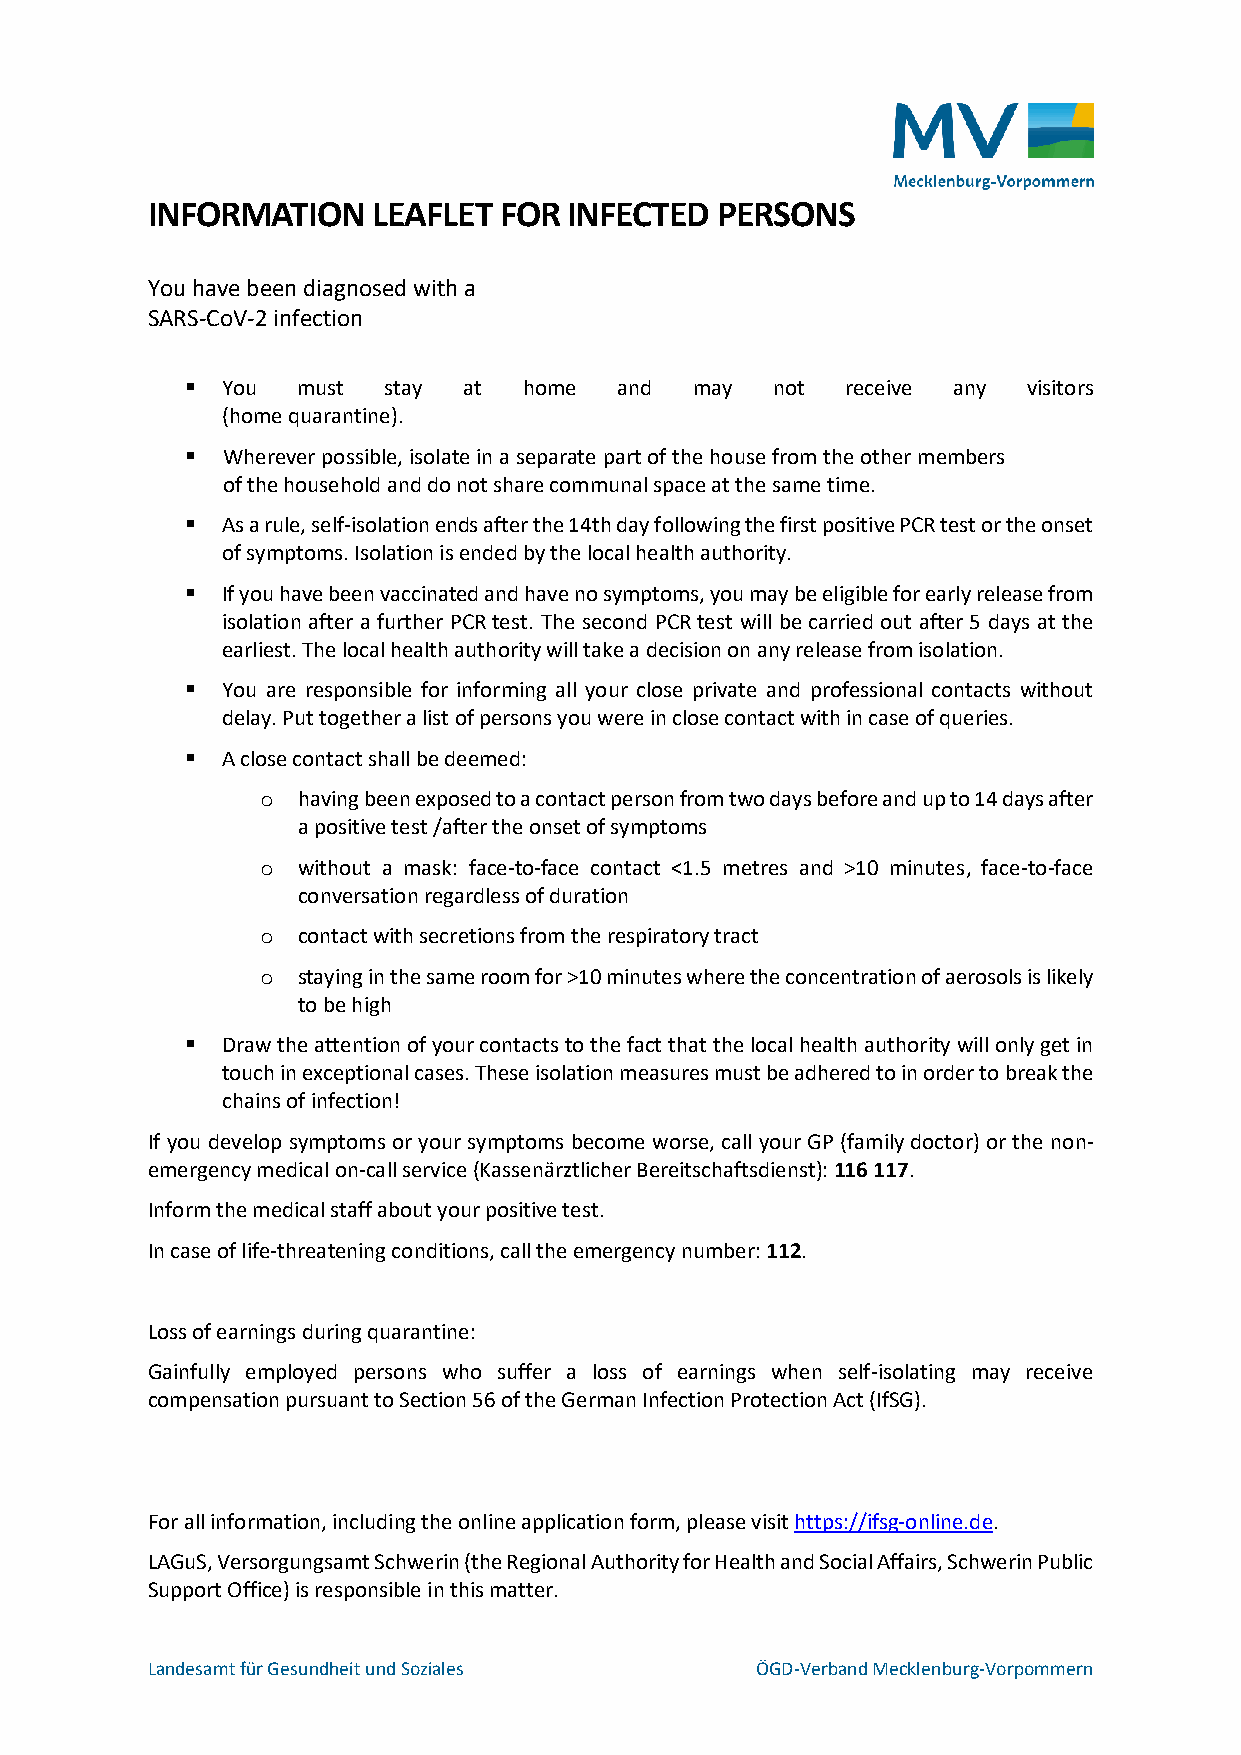
INFORMATION    LEAFLET FOR  INFECTED PERSONS
 You have been diagnosed with a
 SARS-CoV-2 infection
 ▪  You  must stay  at  home  and  may  not  receive any visitors
 (home quarantine).
 ▪  Wherever possible, isolate in a separate part of the house from the other members
 of the household and do not share communal space at the same time.
 ▪  As a rule, self-isolation ends after the 14th day following the first positive PCR test or the onset
 of symptoms. Isolation is ended by the local health authority.
 ▪  If you have been vaccinated and have no symptoms, you may be eligible for early release from
 isolation after a further PCR test. The second PCR test will be carried out after 5 days at the
 earliest. The local health authority will take a decision on any release from isolation.
 ▪  You are responsible for informing all your close private and professional contacts without
 delay. Put together a list of persons you were in close contact with in case of queries.
 ▪  A close contact shall be deemed:
 o  having been exposed to a contact person from two days before and up to 14 days after
 a positive test /after the onset of symptoms
 o  without a mask: face-to-face contact <1.5 metres and >10 minutes, face-to-face
 conversation regardless of duration
 o  contact with secretions from the respiratory tract
 o  staying in the same room for >10 minutes where the concentration of aerosols is likely
 to be high
 ▪  Draw the attention of your contacts to the fact that the local health authority will only get in
 touch in exceptional cases. These isolation measures must be adhered to in order to break the
 chains of infection!
 If you develop symptoms or your symptoms become worse, call your GP (family doctor) or the non-
 emergency medical on-call service (Kassenärztlicher Bereitschaftsdienst): 116 117.
 Inform the medical staff about your positive test.
 In case of life-threatening conditions, call the emergency number: 112.
 Loss of earnings during quarantine:
 Gainfully employed persons who suffer a loss of earnings when self-isolating may receive
 compensation pursuant to Section 56 of the German Infection Protection Act (IfSG).
 For all information, including the online application form, please visit https://ifsg-online.de.
 LAGuS, Versorgungsamt Schwerin (the Regional Authority for Health and Social Affairs, Schwerin Public
 Support Office) is responsible in this matter.
 Landesamt für Gesundheit und Soziales   ÖGD-Verband Mecklenburg-Vorpommern